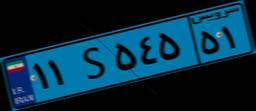
۳۴S۸۳۶۲۷